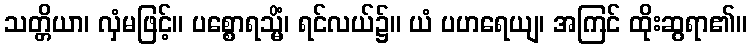
သတ္တိယာ၊ လှံမဖြင့်။ ပစ္စောရသ္မိံ၊ ရင်လယ်၌။ ယံ ပဟရေယျ၊ အကြင် ထိုးဆွရာ၏။